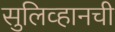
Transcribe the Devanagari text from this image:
सुलिव्हानची